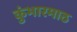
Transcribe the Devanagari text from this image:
कुंभारमाठ